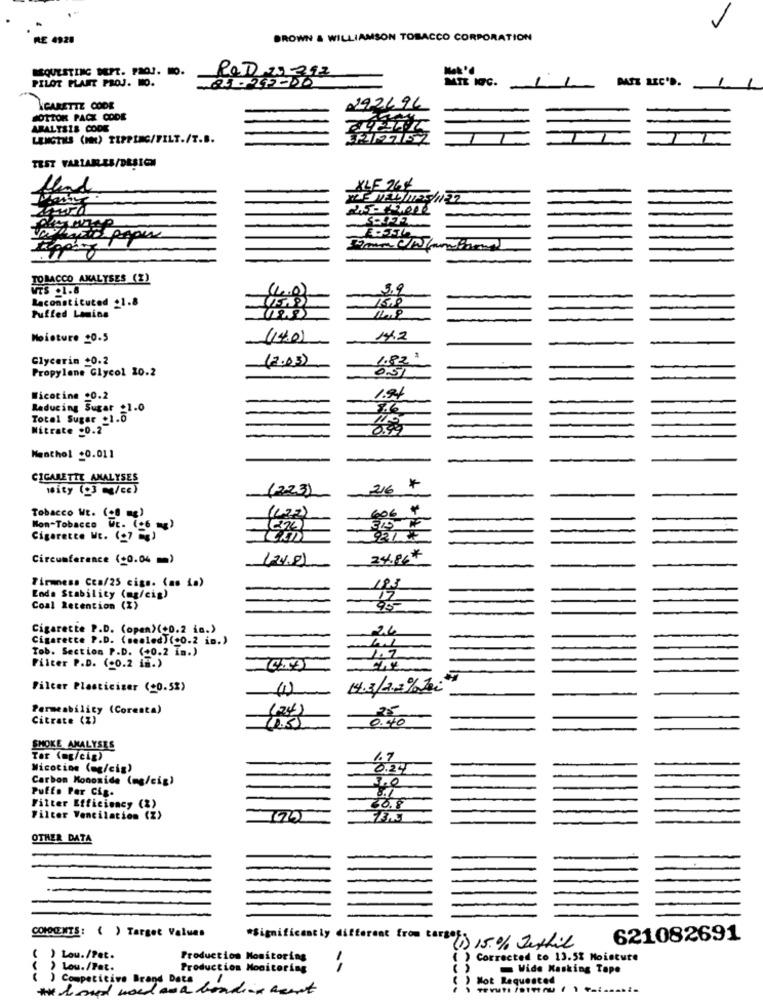
-7
RE 4928
BROWN & WILLIAMSON TOBACCO CORPORATION
REQUESTING DEPT. PIO !. MO.
POD 25 392
PILOT PLANT PROJ. MO.
MIL IGC.
DATE REC'D.
1
CARETTE CODE
MOTTOK PACK CODE
ARALYSIS CODE
LENGTHLS (MM) TIPPING/FILT./T.B.
TEST VARIABLES/DESIGN
Und
ALF 26€
coches paper
TOBACCO ANALYSES (Z)
MTS .1.8
1.0)
5.9
15.9
Raconstituted _1.8
Puffed Lamins
Moisture 20.5
(14.0)
1,2
Glycerin +0.2
(2.03)
1.82
Propylene Glycol 20.2
0.5%
Nicotine .0.2
-
1.24
Reducing Sugar _1.0
Total Suger .1.0
Nitrate -0.2
0.99
Menthol +0.011
CIGARETTE ANALYSES
wity (03 /ce)
(223)
26
*
60€ ¢
Tobacco Wt. (.8 mg)
Non-Tobacco WE. (C6 )
Cigarette Wt. (27 2)
Circumference (+0.04 =)
(24.82
Firmness Cca/25 cigs. (as ia)
193
Enda Stability (mg/cig)
12
Coal Retention (%)
-
95
Cigarette P.D. (open)(+0.2 in.)
24
Cigarette P.D. (sealed](+0.2 in.)
Tob. Section P.D. (+0.2 in.)
1.7
Filter P.D. (-0.2 in.)
Filter Plasticiser (+0.52)
14.3/2.2%ki
Permeability (Corenta)
(24)
Citrate (Z)
10.55
0.40
SMOKE ANALYSES
Tor (ag/cig)
1.7
Wicotion (mg/cig)
Carbon Monoxide (mg/cig)
3.0
Puffo Per Cis.
3.1
Filter Efficiency (2)
30.8
Filter Ventilation (Z)
OTHER DATA
COMOCENTS: ( ) Target Values
*Significantly different from cargos.
(i) 15.0% Jestil
621082691
( ) Lou./Pet.
Production Monitoring
) Corrected to 13.5% Moisture
Lou./Pat.
Production Monitoring
Wide Masking Tape
Competitive Brand Data
Mot Requested
that and wood wa bonding acent